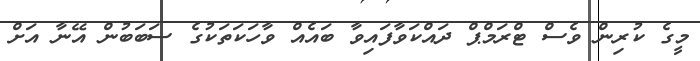
މީގެ ކުރިން ވެސް ޓްރަމްޕް ދައްކަވާފައިވާ ބައެއް ވާހަކަތަކުގެ ސަބަބުން އޭނާ އަށް